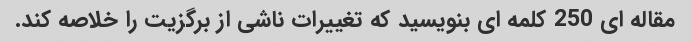
مقاله ای 250 کلمه ای بنویسید که تغییرات ناشی از برگزیت را خلاصه کند.